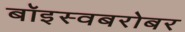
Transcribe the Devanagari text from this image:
बॉइस्वबरोबर